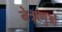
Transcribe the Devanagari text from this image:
नेत्राणुओं